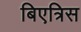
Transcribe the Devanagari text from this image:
बिएत्रिस